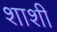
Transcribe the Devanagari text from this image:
शाशी